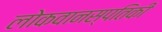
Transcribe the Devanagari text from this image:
लोकवानस्पतिकी